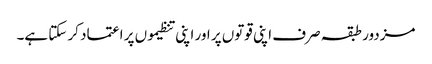
مزدور طبقہ صرف اپنی قوتوں پر اور اپنی تنظیموں پر اعتماد کر سکتا ہے۔